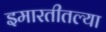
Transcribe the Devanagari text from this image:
इमारतीतल्या